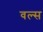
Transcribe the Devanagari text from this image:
वल्स